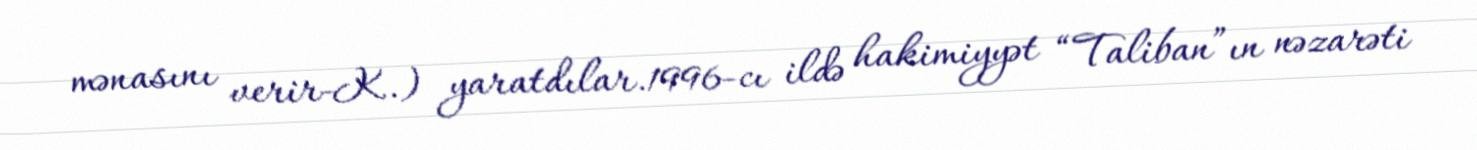
mənasını verir-K.) yaratdılar.1996-cı ildə hakimiyyət “Taliban”ın nəzarəti